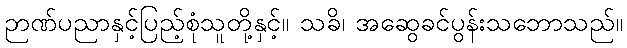
ဉာဏ်ပညာနှင့်ပြည့်စုံသူတို့နှင့်။ သခိ၊ အဆွေခင်ပွန်းသဘောသည်။